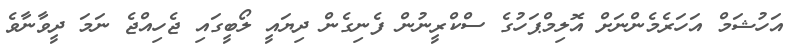
އަހުޝަމް އަހަރެމެންނަށް އޮލިމްޕަހުގެ ސްކްރީނުން ފެނިގެން ދިޔައީ ލޯބީގައި ޖެހިއްޖެ ނަމަ ދީވާނާވެ